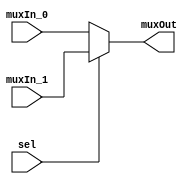
/******************************************************************************
 **                                                                          **
 ** Component : Multiplexer_bus_2                                            **
 **                                                                          **
 *****************************************************************************/

module Multiplexer_bus_2( muxIn_0, muxIn_1, sel, muxOut );

    // Parameters are declared here
    parameter nrOfBits = 1;

    // Inputs using the parameters in their declarations
    input [nrOfBits-1:0] muxIn_0;
    input [nrOfBits-1:0] muxIn_1;
    input sel;

    // Output using the parameters in its declaration
    output [nrOfBits-1:0] muxOut;

    // Logic for the 2-to-1 multiplexer bus
    assign muxOut = (sel == 1'b0) ? muxIn_0 : muxIn_1;

endmodule